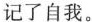
记了自我。